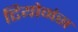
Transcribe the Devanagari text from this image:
टियोमंस